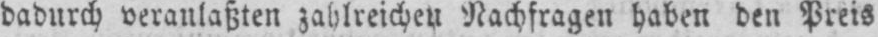
dadurch veranlaßten zahlreichen Nachfragen haben den Preis